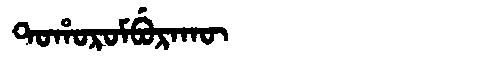
Manchu: ᡨᠣᡥᠣᡵᠣᠮᠪᡠᡵᠠᡴᡡ
Romanization: TOHOROMBURAKŪ